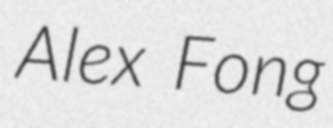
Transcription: Alex Fong